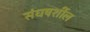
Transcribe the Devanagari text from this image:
संघषर्शील